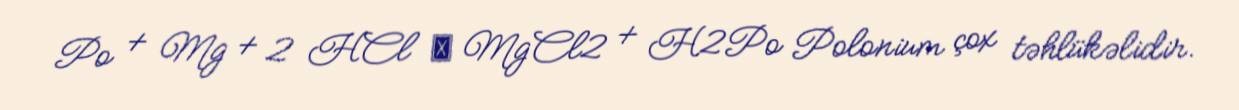
Po + Mg + 2 HCl → MgCl2 + H2Po Polonium çox təhlükəlidir.